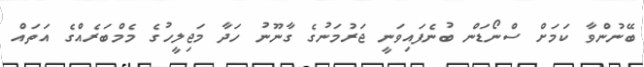
ބޭނުންވާ ކަމަށް ސްނޯޑަން ބުނެފައިވަނީ ޖަރުމަނުގެ ގާނޫނު ހަދާ މަޖިލީހުގެ މެމްބަރެއްގެ އަތައް